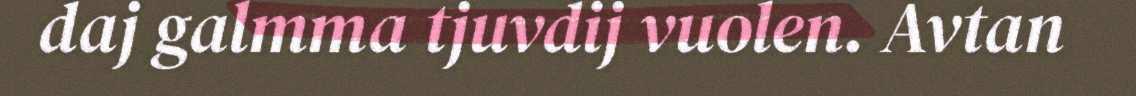
daj galmma tjuvdij vuolen. Avtan